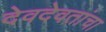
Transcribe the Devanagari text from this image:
देवदेवतांचा